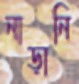
নাড়ানি